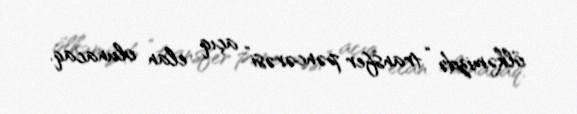
ölkəmizdə “transfer pəncərəsi” açıq elan olunacaq.